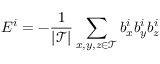
E ^ { i } = - \frac { 1 } { | \mathcal { T } | } \sum _ { \substack { x , y , z \in \mathcal { T } } } b _ { x } ^ { i } b _ { y } ^ { i } b _ { z } ^ { i }